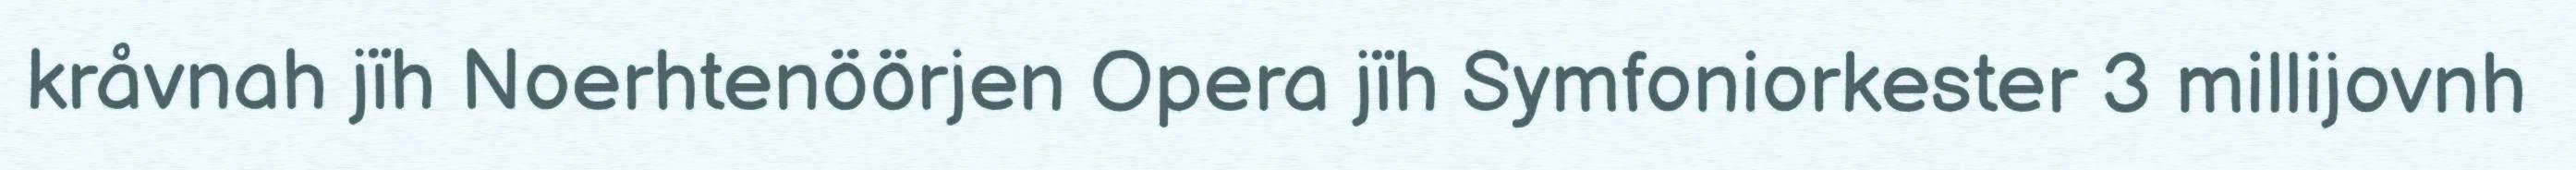
kråvnah jïh Noerhtenöörjen Opera jïh Symfoniorkester 3 millijovnh